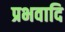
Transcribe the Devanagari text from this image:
प्रभवादि